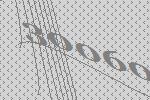
30060